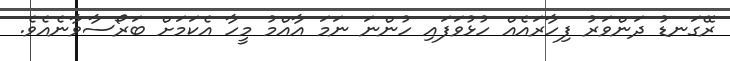
ރޭގަނޑު ދަންވަރު ފިހާރައެއް ހުޅުވަފައި ހުންނަ ނަމަ އާއްމު މީހާ އެކަމަށް ބަރޯސާވާނެއެވެ.